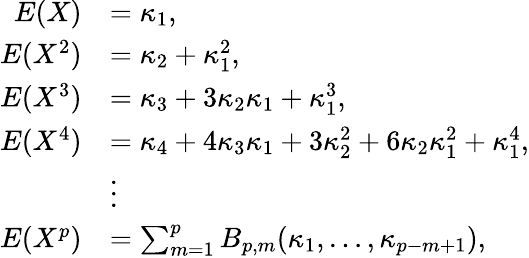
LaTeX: \begin{array}{rl}{E(X)}&{=\kappa_{1},}\\ {E(X^{2})}&{=\kappa_{2}+\kappa_{1}^{2},}\\ {E(X^{3})}&{=\kappa_{3}+3\kappa_{2}\kappa_{1}+\kappa_{1}^{3},}\\ {E(X^{4})}&{=\kappa_{4}+4\kappa_{3}\kappa_{1}+3\kappa_{2}^{2}+6\kappa_{2}\kappa_{1}^{2}+\kappa_{1}^{4},}\\ &{\vdots}\\ {E(X^{p})}&{=\sum_{m=1}^{p}B_{p,m}(\kappa_{1},\ldots,\kappa_{p-m+1}),}\end{array}